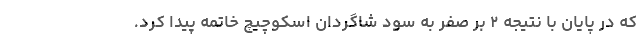
که در پایان با نتیجه ۲ بر صفر به سود شاگردان اسکوچیچ خاتمه پیدا کرد.